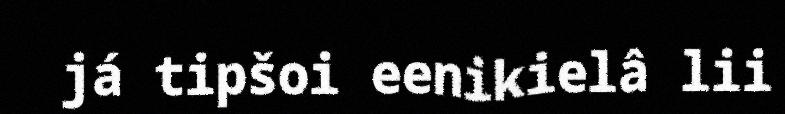
já tipšoi eenikielâ lii